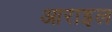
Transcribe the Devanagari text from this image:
आराइल